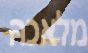
מלאכה